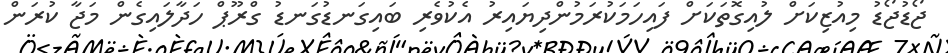
ޖޯޑުޖޯޑު މިއުޒިކަށް ލުއިގޮތަކަށް ފައިހަމަކުރަމުންދިޔައިރު އެކުވެރި ބައިގަނޑުގަނޑު ގްރޫޕް ހަދާލައިގެން މަޖާ ކުރަން